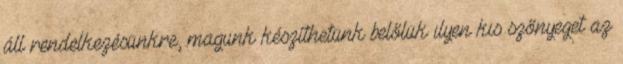
áll rendelkezésünkre, magunk készíthetünk belőlük ilyen kis szőnyeget az